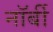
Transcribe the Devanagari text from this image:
नॉर्बी